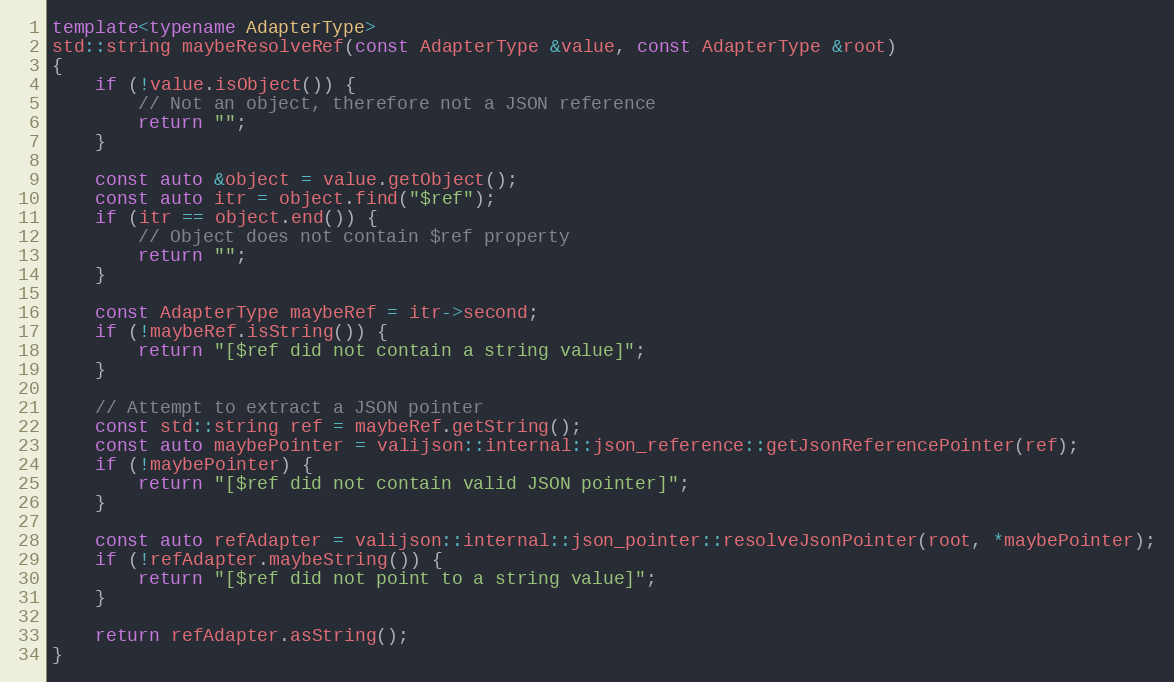
Language: C++
template<typename AdapterType>
std::string maybeResolveRef(const AdapterType &value, const AdapterType &root)
{
    if (!value.isObject()) {
        // Not an object, therefore not a JSON reference
        return "";
    }

    const auto &object = value.getObject();
    const auto itr = object.find("$ref");
    if (itr == object.end()) {
        // Object does not contain $ref property
        return "";
    }

    const AdapterType maybeRef = itr->second;
    if (!maybeRef.isString()) {
        return "[$ref did not contain a string value]";
    }

    // Attempt to extract a JSON pointer
    const std::string ref = maybeRef.getString();
    const auto maybePointer = valijson::internal::json_reference::getJsonReferencePointer(ref);
    if (!maybePointer) {
        return "[$ref did not contain valid JSON pointer]";
    }

    const auto refAdapter = valijson::internal::json_pointer::resolveJsonPointer(root, *maybePointer);
    if (!refAdapter.maybeString()) {
        return "[$ref did not point to a string value]";
    }

    return refAdapter.asString();
}